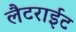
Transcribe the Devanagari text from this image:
लैटराईट